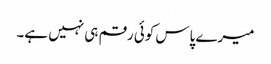
میرے پاس کوئی رقم ہی نہیں ہے۔